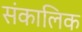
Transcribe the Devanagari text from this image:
संकालिक